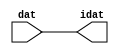

//------> /package/eda/mg/Catapult_10.3d/Mgc_home/pkgs/siflibs/ccs_in_v1.v 
//------------------------------------------------------------------------------
// Catapult Synthesis - Sample I/O Port Library
//
// Copyright (c) 2003-2017 Mentor Graphics Corp.
//       All Rights Reserved
//
// This document may be used and distributed without restriction provided that
// this copyright statement is not removed from the file and that any derivative
// work contains this copyright notice.
//
// The design information contained in this file is intended to be an example
// of the functionality which the end user may study in preparation for creating
// their own custom interfaces. This design does not necessarily present a 
// complete implementation of the named protocol or standard.
//
//------------------------------------------------------------------------------


module ccs_in_v1 (idat, dat);

  parameter integer rscid = 1;
  parameter integer width = 8;

  output [width-1:0] idat;
  input  [width-1:0] dat;

  wire   [width-1:0] idat;

  assign idat = dat;

endmodule


//------> /package/eda/mg/Catapult_10.3d/Mgc_home/pkgs/siflibs/ccs_out_v1.v 
//------------------------------------------------------------------------------
// Catapult Synthesis - Sample I/O Port Library
//
// Copyright (c) 2003-2015 Mentor Graphics Corp.
//       All Rights Reserved
//
// This document may be used and distributed without restriction provided that
// this copyright statement is not removed from the file and that any derivative
// work contains this copyright notice.
//
// The design information contained in this file is intended to be an example
// of the functionality which the end user may study in preparation for creating
// their own custom interfaces. This design does not necessarily present a 
// complete implementation of the named protocol or standard.
//
//------------------------------------------------------------------------------

module ccs_out_v1 (dat, idat);

  parameter integer rscid = 1;
  parameter integer width = 8;

  output   [width-1:0] dat;
  input    [width-1:0] idat;

  wire     [width-1:0] dat;

  assign dat = idat;

endmodule




//------> /package/eda/mg/Catapult_10.3d/Mgc_home/pkgs/siflibs/mgc_io_sync_v2.v 
//------------------------------------------------------------------------------
// Catapult Synthesis - Sample I/O Port Library
//
// Copyright (c) 2003-2017 Mentor Graphics Corp.
//       All Rights Reserved
//
// This document may be used and distributed without restriction provided that
// this copyright statement is not removed from the file and that any derivative
// work contains this copyright notice.
//
// The design information contained in this file is intended to be an example
// of the functionality which the end user may study in preparation for creating
// their own custom interfaces. This design does not necessarily present a 
// complete implementation of the named protocol or standard.
//
//------------------------------------------------------------------------------


module mgc_io_sync_v2 (ld, lz);
    parameter valid = 0;

    input  ld;
    output lz;

    wire   lz;

    assign lz = ld;

endmodule


//------> ./rtl.v 
// ----------------------------------------------------------------------
//  HLS HDL:        Verilog Netlister
//  HLS Version:    10.3d/815731 Production Release
//  HLS Date:       Wed Apr 24 14:54:19 PDT 2019
// 
//  Generated by:   695r48@cparch23.ecn.purdue.edu
//  Generated date: Tue Nov  9 15:35:46 2021
// ----------------------------------------------------------------------

// 
// ------------------------------------------------------------------
//  Design Unit:    fir_Altera_DIST_DIST_1R1W_RBW_rport_1_16_5_32_32_16_gen
// ------------------------------------------------------------------


module fir_Altera_DIST_DIST_1R1W_RBW_rport_1_16_5_32_32_16_gen (
  q, radr, radr_d, q_d, rport_r_ram_ir_internal_RMASK_B_d
);
  input [15:0] q;
  output [4:0] radr;
  input [4:0] radr_d;
  output [15:0] q_d;
  input rport_r_ram_ir_internal_RMASK_B_d;



  // Interconnect Declarations for Component Instantiations 
  assign q_d = q;
  assign radr = (radr_d);
endmodule

// ------------------------------------------------------------------
//  Design Unit:    fir_core_core_fsm
//  FSM Module
// ------------------------------------------------------------------


module fir_core_core_fsm (
  clk, rst, fsm_output, MAC_C_3_tr0
);
  input clk;
  input rst;
  output [5:0] fsm_output;
  reg [5:0] fsm_output;
  input MAC_C_3_tr0;


  // FSM State Type Declaration for fir_core_core_fsm_1
  parameter
    main_C_0 = 3'd0,
    MAC_C_0 = 3'd1,
    MAC_C_1 = 3'd2,
    MAC_C_2 = 3'd3,
    MAC_C_3 = 3'd4,
    main_C_1 = 3'd5;

  reg [2:0] state_var;
  reg [2:0] state_var_NS;


  // Interconnect Declarations for Component Instantiations 
  always @(*)
  begin : fir_core_core_fsm_1
    case (state_var)
      MAC_C_0 : begin
        fsm_output = 6'b000010;
        state_var_NS = MAC_C_1;
      end
      MAC_C_1 : begin
        fsm_output = 6'b000100;
        state_var_NS = MAC_C_2;
      end
      MAC_C_2 : begin
        fsm_output = 6'b001000;
        state_var_NS = MAC_C_3;
      end
      MAC_C_3 : begin
        fsm_output = 6'b010000;
        if ( MAC_C_3_tr0 ) begin
          state_var_NS = main_C_1;
        end
        else begin
          state_var_NS = MAC_C_0;
        end
      end
      main_C_1 : begin
        fsm_output = 6'b100000;
        state_var_NS = main_C_0;
      end
      // main_C_0
      default : begin
        fsm_output = 6'b000001;
        state_var_NS = MAC_C_0;
      end
    endcase
  end

  always @(posedge clk) begin
    if ( rst ) begin
      state_var <= main_C_0;
    end
    else begin
      state_var <= state_var_NS;
    end
  end

endmodule

// ------------------------------------------------------------------
//  Design Unit:    fir_core
// ------------------------------------------------------------------


module fir_core (
  clk, rst, coeffs_rsc_triosy_lz, in1_rsc_dat, in1_rsc_triosy_lz, out1_rsc_dat, out1_rsc_triosy_lz,
      coeffs_rsci_radr_d, coeffs_rsci_q_d, coeffs_rsci_rport_r_ram_ir_internal_RMASK_B_d
);
  input clk;
  input rst;
  output coeffs_rsc_triosy_lz;
  input [15:0] in1_rsc_dat;
  output in1_rsc_triosy_lz;
  output [15:0] out1_rsc_dat;
  output out1_rsc_triosy_lz;
  output [4:0] coeffs_rsci_radr_d;
  input [15:0] coeffs_rsci_q_d;
  output coeffs_rsci_rport_r_ram_ir_internal_RMASK_B_d;


  // Interconnect Declarations
  wire [15:0] in1_rsci_idat;
  reg [15:0] out1_rsci_idat;
  wire [5:0] fsm_output;
  wire [3:0] MAC_acc_tmp;
  wire [4:0] nl_MAC_acc_tmp;
  wire and_dcpl_3;
  wire and_dcpl_8;
  wire or_tmp_65;
  wire or_tmp_157;
  reg MAC_i_asn_7_itm_1;
  reg MAC_stage_0_1;
  reg MAC_stage_0;
  reg MAC_stage_0_2;
  reg MAC_i_asn_7_itm;
  reg [3:0] MAC_i_5_2_sva_1;
  wire MAC_or_cse;
  reg reg_out1_rsc_triosy_obj_ld_cse;
  reg [2:0] MAC_i_5_2_sva_2_0;
  reg [2:0] MAC_slc_MAC_i_5_2_2_0_1_itm;
  wire [29:0] z_out;
  wire signed [31:0] nl_z_out;
  reg [15:0] regs_15_sva;
  reg [15:0] regs_16_sva;
  reg [15:0] regs_14_sva;
  reg [15:0] regs_17_sva;
  reg [15:0] regs_13_sva;
  reg [15:0] regs_18_sva;
  reg [15:0] regs_12_sva;
  reg [15:0] regs_19_sva;
  reg [15:0] regs_11_sva;
  reg [15:0] regs_20_sva;
  reg [15:0] regs_10_sva;
  reg [15:0] regs_21_sva;
  reg [15:0] regs_9_sva;
  reg [15:0] regs_22_sva;
  reg [15:0] regs_8_sva;
  reg [15:0] regs_23_sva;
  reg [15:0] regs_7_sva;
  reg [15:0] regs_24_sva;
  reg [15:0] regs_6_sva;
  reg [15:0] regs_25_sva;
  reg [15:0] regs_5_sva;
  reg [15:0] regs_26_sva;
  reg [15:0] regs_4_sva;
  reg [15:0] regs_27_sva;
  reg [15:0] regs_3_sva;
  reg [15:0] regs_28_sva;
  reg [15:0] regs_2_sva;
  reg [15:0] regs_29_sva;
  reg [15:0] regs_1_sva;
  reg [15:0] regs_30_sva;
  reg [15:0] regs_0_sva;
  reg [29:0] acc_32_3_1_sva;
  reg [15:0] regs_30_sva_1;
  reg [15:0] regs_29_sva_1;
  reg [15:0] regs_28_sva_1;
  reg [15:0] regs_27_sva_1;
  reg [15:0] regs_26_sva_1;
  reg [15:0] regs_25_sva_1;
  reg [15:0] regs_24_sva_1;
  reg [15:0] regs_23_sva_1;
  reg [15:0] regs_22_sva_1;
  reg [15:0] regs_21_sva_1;
  reg [15:0] regs_20_sva_1;
  reg [15:0] regs_19_sva_1;
  reg [15:0] regs_18_sva_1;
  reg [15:0] regs_17_sva_1;
  reg [15:0] regs_16_sva_1;
  reg [15:0] regs_15_sva_1;
  reg [15:0] regs_14_sva_1;
  reg [15:0] regs_13_sva_1;
  reg [15:0] regs_12_sva_1;
  reg [15:0] regs_11_sva_1;
  reg [15:0] regs_10_sva_1;
  reg [15:0] regs_9_sva_1;
  reg [15:0] regs_8_sva_1;
  reg [15:0] regs_7_sva_1;
  reg [15:0] regs_6_sva_1;
  reg [15:0] regs_5_sva_1;
  reg [15:0] regs_4_sva_1;
  reg [15:0] regs_3_sva_1;
  reg [15:0] regs_2_sva_1;
  reg [15:0] regs_1_sva_1;
  reg [15:0] regs_0_sva_1;
  reg [15:0] MAC_3_MAC_mux_itm;
  reg [15:0] MAC_4_MAC_mux_itm;
  reg [15:0] MAC_1_MAC_mux_itm;
  reg [29:0] MAC_1_mul_itm;
  reg [15:0] MAC_2_MAC_mux_itm;
  reg [29:0] MAC_2_mul_itm;
  reg [29:0] MAC_acc_4_itm_1;
  wire [29:0] MAC_acc_7;
  wire [30:0] nl_MAC_acc_7;
  wire regs_and_30_rgt;
  wire MAC_MAC_nor_rgt;
  wire MAC_and_10_rgt;
  wire MAC_and_11_rgt;
  wire MAC_and_12_rgt;
  wire MAC_and_13_rgt;
  wire MAC_and_14_rgt;
  wire MAC_and_15_rgt;
  wire MAC_and_16_rgt;
  wire MAC_nor_9_cse;
  wire MAC_nor_7_cse;
  wire MAC_nor_8_cse;
  wire MAC_or_4_cse;

  wire[29:0] MAC_4_acc_1_nl;
  wire[30:0] nl_MAC_4_acc_1_nl;
  wire[29:0] MAC_acc_5_nl;
  wire[30:0] nl_MAC_acc_5_nl;
  wire[0:0] not_23_nl;
  wire[0:0] not_nl;
  wire[0:0] MAC_and_17_nl;
  wire[0:0] MAC_and_18_nl;
  wire[0:0] MAC_and_19_nl;
  wire[0:0] MAC_and_20_nl;
  wire[0:0] MAC_and_21_nl;
  wire[0:0] MAC_and_22_nl;
  wire[0:0] MAC_and_23_nl;
  wire[0:0] MAC_and_24_nl;
  wire[0:0] and_365_nl;
  wire[0:0] nand_nl;
  wire[2:0] coeffs_coeffs_mux_nl;
  wire[0:0] coeffs_or_nl;
  wire[1:0] coeffs_coeffs_or_nl;
  wire[1:0] coeffs_coeffs_nor_nl;
  wire[1:0] coeffs_mux_nl;
  wire[15:0] MAC_mux1h_38_nl;
  wire[0:0] or_190_nl;

  // Interconnect Declarations for Component Instantiations 
  ccs_in_v1 #(.rscid(32'sd2),
  .width(32'sd16)) in1_rsci (
      .dat(in1_rsc_dat),
      .idat(in1_rsci_idat)
    );
  ccs_out_v1 #(.rscid(32'sd3),
  .width(32'sd16)) out1_rsci (
      .idat(out1_rsci_idat),
      .dat(out1_rsc_dat)
    );
  mgc_io_sync_v2 #(.valid(32'sd0)) coeffs_rsc_triosy_obj (
      .ld(reg_out1_rsc_triosy_obj_ld_cse),
      .lz(coeffs_rsc_triosy_lz)
    );
  mgc_io_sync_v2 #(.valid(32'sd0)) in1_rsc_triosy_obj (
      .ld(reg_out1_rsc_triosy_obj_ld_cse),
      .lz(in1_rsc_triosy_lz)
    );
  mgc_io_sync_v2 #(.valid(32'sd0)) out1_rsc_triosy_obj (
      .ld(reg_out1_rsc_triosy_obj_ld_cse),
      .lz(out1_rsc_triosy_lz)
    );
  fir_core_core_fsm fir_core_core_fsm_inst (
      .clk(clk),
      .rst(rst),
      .fsm_output(fsm_output),
      .MAC_C_3_tr0(and_dcpl_3)
    );
  assign MAC_or_cse = (fsm_output[0]) | (fsm_output[4]);
  assign regs_and_30_rgt = (~ MAC_stage_0) & (fsm_output[4]);
  assign MAC_nor_7_cse = ~((MAC_i_5_2_sva_2_0[2:1]!=2'b00));
  assign MAC_nor_8_cse = ~((MAC_i_5_2_sva_2_0[2]) | (MAC_i_5_2_sva_2_0[0]));
  assign MAC_nor_9_cse = ~((MAC_i_5_2_sva_2_0[1:0]!=2'b00));
  assign MAC_MAC_nor_rgt = ~((MAC_i_5_2_sva_2_0!=3'b000) | or_tmp_157);
  assign MAC_and_10_rgt = (MAC_i_5_2_sva_2_0[0]) & MAC_nor_7_cse & (~ or_tmp_157);
  assign MAC_and_11_rgt = (MAC_i_5_2_sva_2_0[1]) & MAC_nor_8_cse & (~ or_tmp_157);
  assign MAC_and_12_rgt = (MAC_i_5_2_sva_2_0==3'b011) & (~ or_tmp_157);
  assign MAC_and_13_rgt = (MAC_i_5_2_sva_2_0[2]) & MAC_nor_9_cse & (~ or_tmp_157);
  assign MAC_and_14_rgt = (MAC_i_5_2_sva_2_0==3'b101) & (~ or_tmp_157);
  assign MAC_and_15_rgt = (MAC_i_5_2_sva_2_0==3'b110) & (~ or_tmp_157);
  assign MAC_and_16_rgt = (MAC_i_5_2_sva_2_0==3'b111) & (~ or_tmp_157);
  assign MAC_or_4_cse = MAC_MAC_nor_rgt | MAC_and_10_rgt | MAC_and_11_rgt | MAC_and_12_rgt
      | MAC_and_13_rgt | MAC_and_14_rgt | MAC_and_15_rgt | MAC_and_16_rgt;
  assign nl_MAC_acc_7 = MAC_1_mul_itm + MAC_2_mul_itm;
  assign MAC_acc_7 = nl_MAC_acc_7[29:0];
  assign nl_MAC_acc_tmp = conv_u2u_3_4(MAC_i_5_2_sva_2_0) + 4'b0001;
  assign MAC_acc_tmp = nl_MAC_acc_tmp[3:0];
  assign and_dcpl_3 = ~(MAC_stage_0 | MAC_stage_0_1);
  assign and_dcpl_8 = ~((fsm_output[0]) | (fsm_output[5]));
  assign or_tmp_65 = (fsm_output[0]) | (fsm_output[5]);
  assign or_tmp_157 = (fsm_output[3:2]!=2'b00);
  assign coeffs_or_nl = (fsm_output[4:3]!=2'b00);
  assign coeffs_coeffs_mux_nl = MUX_v_3_2_2(MAC_i_5_2_sva_2_0, MAC_slc_MAC_i_5_2_2_0_1_itm,
      coeffs_or_nl);
  assign coeffs_mux_nl = MUX_v_2_2_2(2'b10, 2'b01, fsm_output[4]);
  assign coeffs_coeffs_nor_nl = ~(MUX_v_2_2_2((coeffs_mux_nl), 2'b11, (fsm_output[2])));
  assign coeffs_coeffs_or_nl = MUX_v_2_2_2((coeffs_coeffs_nor_nl), 2'b11, (fsm_output[3]));
  assign coeffs_rsci_radr_d = {(coeffs_coeffs_mux_nl) , (coeffs_coeffs_or_nl)};
  assign coeffs_rsci_rport_r_ram_ir_internal_RMASK_B_d = MAC_stage_0_1 & and_dcpl_8;
  always @(posedge clk) begin
    if ( rst ) begin
      acc_32_3_1_sva <= 30'b000000000000000000000000000000;
    end
    else if ( (~((~((~((MAC_stage_0_1 | MAC_stage_0) & MAC_i_asn_7_itm_1)) & MAC_stage_0_2))
        & (fsm_output[2]))) & (~((fsm_output[1]) | (fsm_output[4]) | (fsm_output[3])))
        ) begin
      acc_32_3_1_sva <= MUX_v_30_2_2(30'b000000000000000000000000000000, (MAC_4_acc_1_nl),
          (not_23_nl));
    end
  end
  always @(posedge clk) begin
    if ( rst ) begin
      MAC_acc_4_itm_1 <= 30'b000000000000000000000000000000;
    end
    else if ( fsm_output[4] ) begin
      MAC_acc_4_itm_1 <= MAC_acc_7;
    end
  end
  always @(posedge clk) begin
    if ( rst ) begin
      MAC_stage_0 <= 1'b0;
      reg_out1_rsc_triosy_obj_ld_cse <= 1'b0;
    end
    else begin
      MAC_stage_0 <= (MAC_stage_0 & (~((fsm_output[5]) | (MAC_stage_0_1 & (MAC_acc_tmp[3])
          & (fsm_output[1]))))) | (fsm_output[0]);
      reg_out1_rsc_triosy_obj_ld_cse <= and_dcpl_3 & (fsm_output[4]);
    end
  end
  always @(posedge clk) begin
    if ( rst ) begin
      MAC_i_5_2_sva_2_0 <= 3'b000;
    end
    else if ( ((fsm_output[2]) & (~ (MAC_i_5_2_sva_1[3])) & MAC_stage_0_1) | (fsm_output[5])
        | (fsm_output[0]) ) begin
      MAC_i_5_2_sva_2_0 <= MUX_v_3_2_2(3'b000, (MAC_i_5_2_sva_1[2:0]), (not_nl));
    end
  end
  always @(posedge clk) begin
    if ( rst ) begin
      MAC_i_asn_7_itm_1 <= 1'b0;
    end
    else if ( fsm_output[4] ) begin
      MAC_i_asn_7_itm_1 <= MAC_i_asn_7_itm;
    end
  end
  always @(posedge clk) begin
    if ( rst ) begin
      MAC_stage_0_1 <= 1'b0;
      MAC_stage_0_2 <= 1'b0;
    end
    else if ( MAC_or_cse ) begin
      MAC_stage_0_1 <= MAC_stage_0 | (fsm_output[0]);
      MAC_stage_0_2 <= MAC_stage_0_1 & (~ (fsm_output[0]));
    end
  end
  always @(posedge clk) begin
    if ( rst ) begin
      out1_rsci_idat <= 16'b0000000000000000;
    end
    else if ( ~((~ (fsm_output[4])) | MAC_stage_0 | MAC_stage_0_1) ) begin
      out1_rsci_idat <= acc_32_3_1_sva[29:14];
    end
  end
  always @(posedge clk) begin
    if ( rst ) begin
      regs_0_sva <= 16'b0000000000000000;
      regs_4_sva <= 16'b0000000000000000;
      regs_8_sva <= 16'b0000000000000000;
      regs_12_sva <= 16'b0000000000000000;
      regs_16_sva <= 16'b0000000000000000;
      regs_20_sva <= 16'b0000000000000000;
      regs_24_sva <= 16'b0000000000000000;
      regs_28_sva <= 16'b0000000000000000;
      regs_3_sva <= 16'b0000000000000000;
      regs_7_sva <= 16'b0000000000000000;
      regs_11_sva <= 16'b0000000000000000;
      regs_15_sva <= 16'b0000000000000000;
      regs_19_sva <= 16'b0000000000000000;
      regs_23_sva <= 16'b0000000000000000;
      regs_27_sva <= 16'b0000000000000000;
      regs_2_sva <= 16'b0000000000000000;
      regs_6_sva <= 16'b0000000000000000;
      regs_10_sva <= 16'b0000000000000000;
      regs_14_sva <= 16'b0000000000000000;
      regs_18_sva <= 16'b0000000000000000;
      regs_22_sva <= 16'b0000000000000000;
      regs_26_sva <= 16'b0000000000000000;
      regs_30_sva <= 16'b0000000000000000;
      regs_1_sva <= 16'b0000000000000000;
      regs_5_sva <= 16'b0000000000000000;
      regs_9_sva <= 16'b0000000000000000;
      regs_13_sva <= 16'b0000000000000000;
      regs_17_sva <= 16'b0000000000000000;
      regs_21_sva <= 16'b0000000000000000;
      regs_25_sva <= 16'b0000000000000000;
      regs_29_sva <= 16'b0000000000000000;
    end
    else if ( regs_and_30_rgt ) begin
      regs_0_sva <= regs_0_sva_1;
      regs_4_sva <= regs_4_sva_1;
      regs_8_sva <= regs_8_sva_1;
      regs_12_sva <= regs_12_sva_1;
      regs_16_sva <= regs_16_sva_1;
      regs_20_sva <= regs_20_sva_1;
      regs_24_sva <= regs_24_sva_1;
      regs_28_sva <= regs_28_sva_1;
      regs_3_sva <= regs_3_sva_1;
      regs_7_sva <= regs_7_sva_1;
      regs_11_sva <= regs_11_sva_1;
      regs_15_sva <= regs_15_sva_1;
      regs_19_sva <= regs_19_sva_1;
      regs_23_sva <= regs_23_sva_1;
      regs_27_sva <= regs_27_sva_1;
      regs_2_sva <= regs_2_sva_1;
      regs_6_sva <= regs_6_sva_1;
      regs_10_sva <= regs_10_sva_1;
      regs_14_sva <= regs_14_sva_1;
      regs_18_sva <= regs_18_sva_1;
      regs_22_sva <= regs_22_sva_1;
      regs_26_sva <= regs_26_sva_1;
      regs_30_sva <= regs_30_sva_1;
      regs_1_sva <= regs_1_sva_1;
      regs_5_sva <= regs_5_sva_1;
      regs_9_sva <= regs_9_sva_1;
      regs_13_sva <= regs_13_sva_1;
      regs_17_sva <= regs_17_sva_1;
      regs_21_sva <= regs_21_sva_1;
      regs_25_sva <= regs_25_sva_1;
      regs_29_sva <= regs_29_sva_1;
    end
  end
  always @(posedge clk) begin
    if ( rst ) begin
      regs_0_sva_1 <= 16'b0000000000000000;
    end
    else if ( ~ and_dcpl_8 ) begin
      regs_0_sva_1 <= in1_rsci_idat;
    end
  end
  always @(posedge clk) begin
    if ( rst ) begin
      regs_30_sva_1 <= 16'b0000000000000000;
    end
    else if ( ~ and_dcpl_8 ) begin
      regs_30_sva_1 <= regs_29_sva;
    end
  end
  always @(posedge clk) begin
    if ( rst ) begin
      regs_29_sva_1 <= 16'b0000000000000000;
    end
    else if ( ~ and_dcpl_8 ) begin
      regs_29_sva_1 <= regs_28_sva;
    end
  end
  always @(posedge clk) begin
    if ( rst ) begin
      regs_28_sva_1 <= 16'b0000000000000000;
    end
    else if ( ~ and_dcpl_8 ) begin
      regs_28_sva_1 <= regs_27_sva;
    end
  end
  always @(posedge clk) begin
    if ( rst ) begin
      regs_27_sva_1 <= 16'b0000000000000000;
    end
    else if ( ~ and_dcpl_8 ) begin
      regs_27_sva_1 <= regs_26_sva;
    end
  end
  always @(posedge clk) begin
    if ( rst ) begin
      regs_26_sva_1 <= 16'b0000000000000000;
    end
    else if ( ~ and_dcpl_8 ) begin
      regs_26_sva_1 <= regs_25_sva;
    end
  end
  always @(posedge clk) begin
    if ( rst ) begin
      regs_25_sva_1 <= 16'b0000000000000000;
    end
    else if ( ~ and_dcpl_8 ) begin
      regs_25_sva_1 <= regs_24_sva;
    end
  end
  always @(posedge clk) begin
    if ( rst ) begin
      regs_24_sva_1 <= 16'b0000000000000000;
    end
    else if ( ~ and_dcpl_8 ) begin
      regs_24_sva_1 <= regs_23_sva;
    end
  end
  always @(posedge clk) begin
    if ( rst ) begin
      regs_23_sva_1 <= 16'b0000000000000000;
    end
    else if ( ~ and_dcpl_8 ) begin
      regs_23_sva_1 <= regs_22_sva;
    end
  end
  always @(posedge clk) begin
    if ( rst ) begin
      regs_22_sva_1 <= 16'b0000000000000000;
    end
    else if ( ~ and_dcpl_8 ) begin
      regs_22_sva_1 <= regs_21_sva;
    end
  end
  always @(posedge clk) begin
    if ( rst ) begin
      regs_21_sva_1 <= 16'b0000000000000000;
    end
    else if ( ~ and_dcpl_8 ) begin
      regs_21_sva_1 <= regs_20_sva;
    end
  end
  always @(posedge clk) begin
    if ( rst ) begin
      regs_20_sva_1 <= 16'b0000000000000000;
    end
    else if ( ~ and_dcpl_8 ) begin
      regs_20_sva_1 <= regs_19_sva;
    end
  end
  always @(posedge clk) begin
    if ( rst ) begin
      regs_19_sva_1 <= 16'b0000000000000000;
    end
    else if ( ~ and_dcpl_8 ) begin
      regs_19_sva_1 <= regs_18_sva;
    end
  end
  always @(posedge clk) begin
    if ( rst ) begin
      regs_18_sva_1 <= 16'b0000000000000000;
    end
    else if ( ~ and_dcpl_8 ) begin
      regs_18_sva_1 <= regs_17_sva;
    end
  end
  always @(posedge clk) begin
    if ( rst ) begin
      regs_17_sva_1 <= 16'b0000000000000000;
    end
    else if ( ~ and_dcpl_8 ) begin
      regs_17_sva_1 <= regs_16_sva;
    end
  end
  always @(posedge clk) begin
    if ( rst ) begin
      regs_16_sva_1 <= 16'b0000000000000000;
    end
    else if ( ~ and_dcpl_8 ) begin
      regs_16_sva_1 <= regs_15_sva;
    end
  end
  always @(posedge clk) begin
    if ( rst ) begin
      regs_15_sva_1 <= 16'b0000000000000000;
    end
    else if ( ~ and_dcpl_8 ) begin
      regs_15_sva_1 <= regs_14_sva;
    end
  end
  always @(posedge clk) begin
    if ( rst ) begin
      regs_14_sva_1 <= 16'b0000000000000000;
    end
    else if ( ~ and_dcpl_8 ) begin
      regs_14_sva_1 <= regs_13_sva;
    end
  end
  always @(posedge clk) begin
    if ( rst ) begin
      regs_13_sva_1 <= 16'b0000000000000000;
    end
    else if ( ~ and_dcpl_8 ) begin
      regs_13_sva_1 <= regs_12_sva;
    end
  end
  always @(posedge clk) begin
    if ( rst ) begin
      regs_12_sva_1 <= 16'b0000000000000000;
    end
    else if ( ~ and_dcpl_8 ) begin
      regs_12_sva_1 <= regs_11_sva;
    end
  end
  always @(posedge clk) begin
    if ( rst ) begin
      regs_11_sva_1 <= 16'b0000000000000000;
    end
    else if ( ~ and_dcpl_8 ) begin
      regs_11_sva_1 <= regs_10_sva;
    end
  end
  always @(posedge clk) begin
    if ( rst ) begin
      regs_10_sva_1 <= 16'b0000000000000000;
    end
    else if ( ~ and_dcpl_8 ) begin
      regs_10_sva_1 <= regs_9_sva;
    end
  end
  always @(posedge clk) begin
    if ( rst ) begin
      regs_9_sva_1 <= 16'b0000000000000000;
    end
    else if ( ~ and_dcpl_8 ) begin
      regs_9_sva_1 <= regs_8_sva;
    end
  end
  always @(posedge clk) begin
    if ( rst ) begin
      regs_8_sva_1 <= 16'b0000000000000000;
    end
    else if ( ~ and_dcpl_8 ) begin
      regs_8_sva_1 <= regs_7_sva;
    end
  end
  always @(posedge clk) begin
    if ( rst ) begin
      regs_7_sva_1 <= 16'b0000000000000000;
    end
    else if ( ~ and_dcpl_8 ) begin
      regs_7_sva_1 <= regs_6_sva;
    end
  end
  always @(posedge clk) begin
    if ( rst ) begin
      regs_6_sva_1 <= 16'b0000000000000000;
    end
    else if ( ~ and_dcpl_8 ) begin
      regs_6_sva_1 <= regs_5_sva;
    end
  end
  always @(posedge clk) begin
    if ( rst ) begin
      regs_5_sva_1 <= 16'b0000000000000000;
    end
    else if ( ~ and_dcpl_8 ) begin
      regs_5_sva_1 <= regs_4_sva;
    end
  end
  always @(posedge clk) begin
    if ( rst ) begin
      regs_4_sva_1 <= 16'b0000000000000000;
    end
    else if ( ~ and_dcpl_8 ) begin
      regs_4_sva_1 <= regs_3_sva;
    end
  end
  always @(posedge clk) begin
    if ( rst ) begin
      regs_3_sva_1 <= 16'b0000000000000000;
    end
    else if ( ~ and_dcpl_8 ) begin
      regs_3_sva_1 <= regs_2_sva;
    end
  end
  always @(posedge clk) begin
    if ( rst ) begin
      regs_2_sva_1 <= 16'b0000000000000000;
    end
    else if ( ~ and_dcpl_8 ) begin
      regs_2_sva_1 <= regs_1_sva;
    end
  end
  always @(posedge clk) begin
    if ( rst ) begin
      regs_1_sva_1 <= 16'b0000000000000000;
    end
    else if ( ~ and_dcpl_8 ) begin
      regs_1_sva_1 <= regs_0_sva;
    end
  end
  always @(posedge clk) begin
    if ( rst ) begin
      MAC_1_MAC_mux_itm <= 16'b0000000000000000;
    end
    else if ( ~ (fsm_output[2]) ) begin
      MAC_1_MAC_mux_itm <= MUX1HOT_v_16_9_2(regs_0_sva_1, regs_3_sva, regs_7_sva,
          regs_11_sva, regs_15_sva, regs_19_sva, regs_23_sva, regs_27_sva, MAC_3_MAC_mux_itm,
          {(MAC_and_17_nl) , (MAC_and_18_nl) , (MAC_and_19_nl) , (MAC_and_20_nl)
          , (MAC_and_21_nl) , (MAC_and_22_nl) , (MAC_and_23_nl) , (MAC_and_24_nl)
          , (fsm_output[4])});
    end
  end
  always @(posedge clk) begin
    if ( rst ) begin
      MAC_2_mul_itm <= 30'b000000000000000000000000000000;
    end
    else if ( (fsm_output[2]) | (fsm_output[4]) ) begin
      MAC_2_mul_itm <= z_out;
    end
  end
  always @(posedge clk) begin
    if ( rst ) begin
      MAC_i_5_2_sva_1 <= 4'b0000;
      MAC_2_MAC_mux_itm <= 16'b0000000000000000;
    end
    else if ( MAC_stage_0_1 ) begin
      MAC_i_5_2_sva_1 <= MAC_acc_tmp;
      MAC_2_MAC_mux_itm <= MUX_v_16_8_2(regs_0_sva, regs_4_sva, regs_8_sva, regs_12_sva,
          regs_16_sva, regs_20_sva, regs_24_sva, regs_28_sva, MAC_i_5_2_sva_2_0);
    end
  end
  always @(posedge clk) begin
    if ( rst ) begin
      MAC_4_MAC_mux_itm <= 16'b0000000000000000;
      MAC_3_MAC_mux_itm <= 16'b0000000000000000;
    end
    else if ( MAC_or_4_cse ) begin
      MAC_4_MAC_mux_itm <= MUX1HOT_v_16_8_2(regs_2_sva, regs_6_sva, regs_10_sva,
          regs_14_sva, regs_18_sva, regs_22_sva, regs_26_sva, regs_30_sva, {MAC_MAC_nor_rgt
          , MAC_and_10_rgt , MAC_and_11_rgt , MAC_and_12_rgt , MAC_and_13_rgt , MAC_and_14_rgt
          , MAC_and_15_rgt , MAC_and_16_rgt});
      MAC_3_MAC_mux_itm <= MUX1HOT_v_16_8_2(regs_1_sva, regs_5_sva, regs_9_sva, regs_13_sva,
          regs_17_sva, regs_21_sva, regs_25_sva, regs_29_sva, {MAC_MAC_nor_rgt ,
          MAC_and_10_rgt , MAC_and_11_rgt , MAC_and_12_rgt , MAC_and_13_rgt , MAC_and_14_rgt
          , MAC_and_15_rgt , MAC_and_16_rgt});
    end
  end
  always @(posedge clk) begin
    if ( rst ) begin
      MAC_i_asn_7_itm <= 1'b0;
    end
    else if ( ~ or_tmp_157 ) begin
      MAC_i_asn_7_itm <= MAC_acc_tmp[3];
    end
  end
  always @(posedge clk) begin
    if ( rst ) begin
      MAC_1_mul_itm <= 30'b000000000000000000000000000000;
    end
    else if ( MUX_s_1_2_2((and_365_nl), (nand_nl), MAC_stage_0_2) ) begin
      MAC_1_mul_itm <= z_out;
    end
  end
  always @(posedge clk) begin
    if ( rst ) begin
      MAC_slc_MAC_i_5_2_2_0_1_itm <= 3'b000;
    end
    else if ( ~ (fsm_output[3]) ) begin
      MAC_slc_MAC_i_5_2_2_0_1_itm <= MAC_i_5_2_sva_2_0;
    end
  end
  assign nl_MAC_acc_5_nl = MAC_acc_7 + acc_32_3_1_sva;
  assign MAC_acc_5_nl = nl_MAC_acc_5_nl[29:0];
  assign nl_MAC_4_acc_1_nl = (MAC_acc_5_nl) + MAC_acc_4_itm_1;
  assign MAC_4_acc_1_nl = nl_MAC_4_acc_1_nl[29:0];
  assign not_23_nl = ~ or_tmp_65;
  assign not_nl = ~ or_tmp_65;
  assign MAC_and_17_nl = (MAC_i_5_2_sva_2_0==3'b000) & (fsm_output[1]);
  assign MAC_and_18_nl = (MAC_i_5_2_sva_2_0[0]) & MAC_nor_7_cse & (fsm_output[1]);
  assign MAC_and_19_nl = (MAC_i_5_2_sva_2_0[1]) & MAC_nor_8_cse & (fsm_output[1]);
  assign MAC_and_20_nl = (MAC_i_5_2_sva_2_0==3'b011) & (fsm_output[1]);
  assign MAC_and_21_nl = (MAC_i_5_2_sva_2_0[2]) & MAC_nor_9_cse & (fsm_output[1]);
  assign MAC_and_22_nl = (MAC_i_5_2_sva_2_0==3'b101) & (fsm_output[1]);
  assign MAC_and_23_nl = (MAC_i_5_2_sva_2_0==3'b110) & (fsm_output[1]);
  assign MAC_and_24_nl = (MAC_i_5_2_sva_2_0==3'b111) & (fsm_output[1]);
  assign and_365_nl = MAC_stage_0_1 & (~(MAC_i_asn_7_itm & MAC_stage_0));
  assign nand_nl = ~(MAC_i_asn_7_itm_1 & ((~ MAC_stage_0_1) | MAC_i_asn_7_itm) &
      MAC_stage_0);
  assign or_190_nl = (fsm_output[3]) | (fsm_output[1]);
  assign MAC_mux1h_38_nl = MUX1HOT_v_16_3_2(MAC_2_MAC_mux_itm, MAC_4_MAC_mux_itm,
      MAC_1_MAC_mux_itm, {(fsm_output[2]) , (fsm_output[4]) , (or_190_nl)});
  assign nl_z_out = $signed((MAC_mux1h_38_nl)) * $signed((coeffs_rsci_q_d));
  assign z_out = nl_z_out[29:0];

  function automatic [15:0] MUX1HOT_v_16_3_2;
    input [15:0] input_2;
    input [15:0] input_1;
    input [15:0] input_0;
    input [2:0] sel;
    reg [15:0] result;
  begin
    result = input_0 & {16{sel[0]}};
    result = result | ( input_1 & {16{sel[1]}});
    result = result | ( input_2 & {16{sel[2]}});
    MUX1HOT_v_16_3_2 = result;
  end
  endfunction


  function automatic [15:0] MUX1HOT_v_16_8_2;
    input [15:0] input_7;
    input [15:0] input_6;
    input [15:0] input_5;
    input [15:0] input_4;
    input [15:0] input_3;
    input [15:0] input_2;
    input [15:0] input_1;
    input [15:0] input_0;
    input [7:0] sel;
    reg [15:0] result;
  begin
    result = input_0 & {16{sel[0]}};
    result = result | ( input_1 & {16{sel[1]}});
    result = result | ( input_2 & {16{sel[2]}});
    result = result | ( input_3 & {16{sel[3]}});
    result = result | ( input_4 & {16{sel[4]}});
    result = result | ( input_5 & {16{sel[5]}});
    result = result | ( input_6 & {16{sel[6]}});
    result = result | ( input_7 & {16{sel[7]}});
    MUX1HOT_v_16_8_2 = result;
  end
  endfunction


  function automatic [15:0] MUX1HOT_v_16_9_2;
    input [15:0] input_8;
    input [15:0] input_7;
    input [15:0] input_6;
    input [15:0] input_5;
    input [15:0] input_4;
    input [15:0] input_3;
    input [15:0] input_2;
    input [15:0] input_1;
    input [15:0] input_0;
    input [8:0] sel;
    reg [15:0] result;
  begin
    result = input_0 & {16{sel[0]}};
    result = result | ( input_1 & {16{sel[1]}});
    result = result | ( input_2 & {16{sel[2]}});
    result = result | ( input_3 & {16{sel[3]}});
    result = result | ( input_4 & {16{sel[4]}});
    result = result | ( input_5 & {16{sel[5]}});
    result = result | ( input_6 & {16{sel[6]}});
    result = result | ( input_7 & {16{sel[7]}});
    result = result | ( input_8 & {16{sel[8]}});
    MUX1HOT_v_16_9_2 = result;
  end
  endfunction


  function automatic [0:0] MUX_s_1_2_2;
    input [0:0] input_0;
    input [0:0] input_1;
    input [0:0] sel;
    reg [0:0] result;
  begin
    case (sel)
      1'b0 : begin
        result = input_0;
      end
      default : begin
        result = input_1;
      end
    endcase
    MUX_s_1_2_2 = result;
  end
  endfunction


  function automatic [15:0] MUX_v_16_8_2;
    input [15:0] input_0;
    input [15:0] input_1;
    input [15:0] input_2;
    input [15:0] input_3;
    input [15:0] input_4;
    input [15:0] input_5;
    input [15:0] input_6;
    input [15:0] input_7;
    input [2:0] sel;
    reg [15:0] result;
  begin
    case (sel)
      3'b000 : begin
        result = input_0;
      end
      3'b001 : begin
        result = input_1;
      end
      3'b010 : begin
        result = input_2;
      end
      3'b011 : begin
        result = input_3;
      end
      3'b100 : begin
        result = input_4;
      end
      3'b101 : begin
        result = input_5;
      end
      3'b110 : begin
        result = input_6;
      end
      default : begin
        result = input_7;
      end
    endcase
    MUX_v_16_8_2 = result;
  end
  endfunction


  function automatic [1:0] MUX_v_2_2_2;
    input [1:0] input_0;
    input [1:0] input_1;
    input [0:0] sel;
    reg [1:0] result;
  begin
    case (sel)
      1'b0 : begin
        result = input_0;
      end
      default : begin
        result = input_1;
      end
    endcase
    MUX_v_2_2_2 = result;
  end
  endfunction


  function automatic [29:0] MUX_v_30_2_2;
    input [29:0] input_0;
    input [29:0] input_1;
    input [0:0] sel;
    reg [29:0] result;
  begin
    case (sel)
      1'b0 : begin
        result = input_0;
      end
      default : begin
        result = input_1;
      end
    endcase
    MUX_v_30_2_2 = result;
  end
  endfunction


  function automatic [2:0] MUX_v_3_2_2;
    input [2:0] input_0;
    input [2:0] input_1;
    input [0:0] sel;
    reg [2:0] result;
  begin
    case (sel)
      1'b0 : begin
        result = input_0;
      end
      default : begin
        result = input_1;
      end
    endcase
    MUX_v_3_2_2 = result;
  end
  endfunction


  function automatic [3:0] conv_u2u_3_4 ;
    input [2:0]  vector ;
  begin
    conv_u2u_3_4 = {1'b0, vector};
  end
  endfunction

endmodule

// ------------------------------------------------------------------
//  Design Unit:    fir
// ------------------------------------------------------------------


module fir (
  clk, rst, coeffs_rsc_radr, coeffs_rsc_q, coeffs_rsc_triosy_lz, in1_rsc_dat, in1_rsc_triosy_lz,
      out1_rsc_dat, out1_rsc_triosy_lz
);
  input clk;
  input rst;
  output [4:0] coeffs_rsc_radr;
  input [15:0] coeffs_rsc_q;
  output coeffs_rsc_triosy_lz;
  input [15:0] in1_rsc_dat;
  output in1_rsc_triosy_lz;
  output [15:0] out1_rsc_dat;
  output out1_rsc_triosy_lz;


  // Interconnect Declarations
  wire [4:0] coeffs_rsci_radr_d;
  wire [15:0] coeffs_rsci_q_d;
  wire coeffs_rsci_rport_r_ram_ir_internal_RMASK_B_d;


  // Interconnect Declarations for Component Instantiations 
  fir_Altera_DIST_DIST_1R1W_RBW_rport_1_16_5_32_32_16_gen coeffs_rsci (
      .q(coeffs_rsc_q),
      .radr(coeffs_rsc_radr),
      .radr_d(coeffs_rsci_radr_d),
      .q_d(coeffs_rsci_q_d),
      .rport_r_ram_ir_internal_RMASK_B_d(coeffs_rsci_rport_r_ram_ir_internal_RMASK_B_d)
    );
  fir_core fir_core_inst (
      .clk(clk),
      .rst(rst),
      .coeffs_rsc_triosy_lz(coeffs_rsc_triosy_lz),
      .in1_rsc_dat(in1_rsc_dat),
      .in1_rsc_triosy_lz(in1_rsc_triosy_lz),
      .out1_rsc_dat(out1_rsc_dat),
      .out1_rsc_triosy_lz(out1_rsc_triosy_lz),
      .coeffs_rsci_radr_d(coeffs_rsci_radr_d),
      .coeffs_rsci_q_d(coeffs_rsci_q_d),
      .coeffs_rsci_rport_r_ram_ir_internal_RMASK_B_d(coeffs_rsci_rport_r_ram_ir_internal_RMASK_B_d)
    );
endmodule